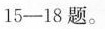
15-18题。